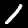
Label: 1